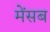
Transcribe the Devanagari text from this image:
मेंसब